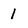
Character: 1